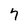
Character: 7